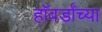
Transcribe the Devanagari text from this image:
हॉवर्डांच्या